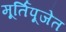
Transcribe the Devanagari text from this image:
मूर्तिपूजेत